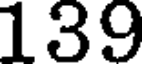
139